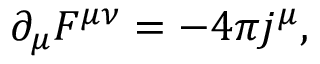
\partial _ { \mu } F ^ { \mu \nu } = - 4 \pi j ^ { \mu } ,